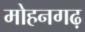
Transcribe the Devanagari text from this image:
मोहनगढ़